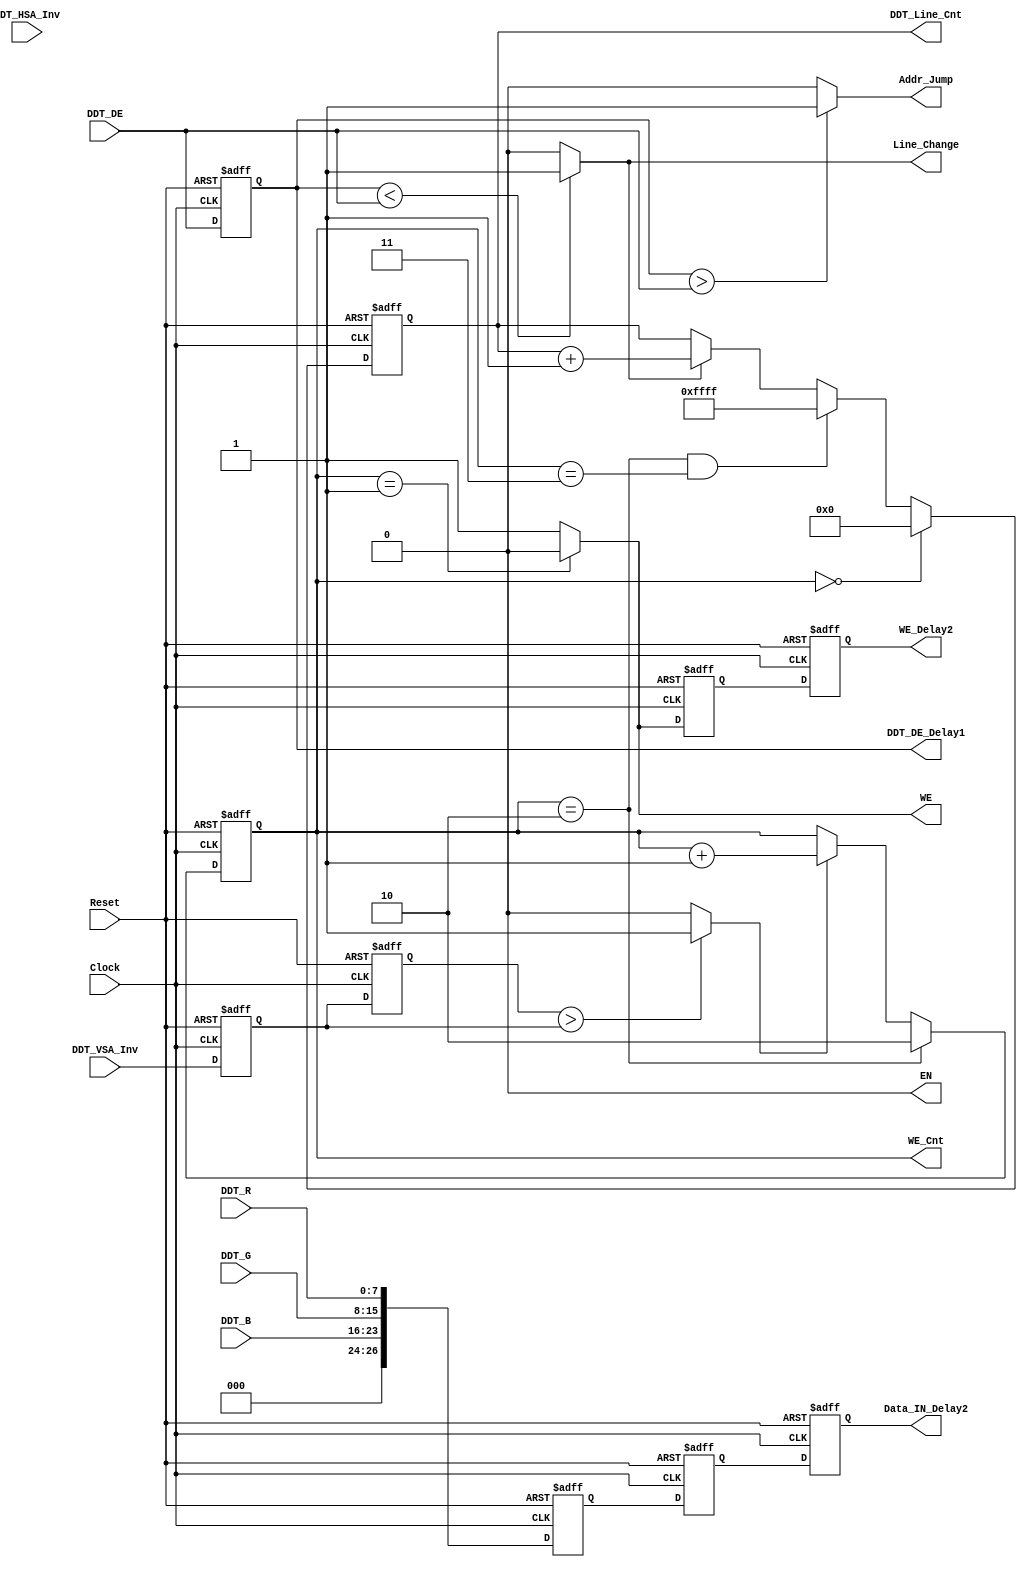
module Sram_Control(
input Clock,
input Reset,
input DDT_VSA_Inv,
input DDT_HSA_Inv,
input DDT_DE,
input [7:0]DDT_R,
input [7:0]DDT_G,
input [7:0]DDT_B,

//output wire [26:0]Data_Bus,
output wire EN,
output wire WE,

output [1:0]WE_Cnt,
output WE_Delay2,
output [26:0]Data_IN_Delay2,
output DDT_DE_Delay1,
output Line_Change,
output Addr_Jump,
output [15:0]DDT_Line_Cnt
    );

reg [26:0]Data_IN;
reg VSA_Delay0;
reg VSA_Delay1;
reg [1:0]WE_Cnt;
reg DDT_DE_Delay1;
reg [15:0]DDT_Line_Cnt;
wire Addr_Jump;
wire Line_Change;
wire VSA_Inv;
assign EN = 0;
//`include "Par.v"

//Frame_Clear
//VSA_Delay0;
assign Frame_Clear = VSA_Delay1 > VSA_Delay0 ? 1 : 0;
always @(negedge Clock or negedge Reset)
begin
	if(!Reset)
	begin
		VSA_Delay0 <= 0;
		VSA_Delay1 <= 0;
	end
	else
	begin
		VSA_Delay0 <= DDT_VSA_Inv;
		VSA_Delay1 <= VSA_Delay0;
	end
end

/////////////////////////////////////////////////////////

//Line_Change
always @(negedge Clock or negedge Reset)
begin
	if(!Reset)
		DDT_DE_Delay1 <= 0;
	else
		DDT_DE_Delay1 <= DDT_DE;
end
assign Line_Change = DDT_DE_Delay1 < DDT_DE ? 1 : 0;

//Addr_Jump
assign Addr_Jump = DDT_DE_Delay1 > DDT_DE ? 1 : 0;

//////////////////////////////////////////////////////////////

//[15:0]DDT_Line_Cnt;
wire [15:0]DDT_Line_Cnt_Next =		WE_Cnt[1:0] == 0									?	0									:
												WE_Cnt[1:0] == 2 && WE_Cnt[1:0] == 3		?	16'hffff							:
												Line_Change == 1 									?	DDT_Line_Cnt[15:0] + 1'b1	:	DDT_Line_Cnt[15:0];
always @(negedge Clock or negedge Reset)
begin
	if(!Reset)
		DDT_Line_Cnt[15:0] <= 0;
	else
		DDT_Line_Cnt[15:0] <= DDT_Line_Cnt_Next[15:0];
end
//////////////////////////////////////////////////////////////////

//[1:0]WE_Cnt_Next
wire [1:0]WE_Cnt_Next = WE_Cnt[1:0] == 2'b10			?	2'b10					:
								Frame_Clear == 1				?	WE_Cnt[1:0]	+1		:	WE_Cnt[1:0];
always @(negedge Clock or negedge Reset)
begin
	if(!Reset)
		WE_Cnt[1:0] <= 0;
	else
		WE_Cnt[1:0] <= WE_Cnt_Next[1:0];
end
//////////////////////////////////////////////////////////////////////

//assign Data_IN[26:0] = {DDT_B[7:0],DDT_G[7:0],DDT_R[7:0],DDT_DE};
wire [26:0]Data_IN_Next = {DDT_B[7:0],DDT_G[7:0],DDT_R[7:0]};
always @(negedge Clock or negedge Reset)
begin
	if(!Reset)
		Data_IN[26:0] <= 0;
	else
		Data_IN[26:0] <= Data_IN_Next[26:0];
end

//Data_IN_Delay
reg [26:0]Data_IN_Delay1;
reg [26:0]Data_IN_Delay2;
reg [26:0]Data_IN_Delay3;
reg [26:0]Data_IN_Delay4;

always @(negedge Clock or negedge Reset)
begin
	if(!Reset)
	begin
		Data_IN_Delay1[26:0] <= 0;
		Data_IN_Delay2[26:0] <= 0;
		Data_IN_Delay3[26:0] <= 0;
		Data_IN_Delay4[26:0] <= 0;
	end
	else
	begin
		Data_IN_Delay1[26:0] <= Data_IN[26:0];
		Data_IN_Delay2[26:0] <= Data_IN_Delay1[26:0];
		Data_IN_Delay3[26:0] <= Data_IN_Delay2[26:0];
		Data_IN_Delay4[26:0] <= Data_IN_Delay3[26:0];
	end
end

//WE
assign WE	=	WE_Cnt[1:0] == 2'b01 ?	0	:	1;
reg WE_Delay1;
reg WE_Delay2;
always @(negedge Clock or negedge Reset)
begin
	if(!Reset)
	begin
		WE_Delay1 <= 0;
		WE_Delay2 <= 0;
	end
	else
	begin
		WE_Delay1 <= WE;
		WE_Delay2 <= WE_Delay1;
	end
end


endmodule